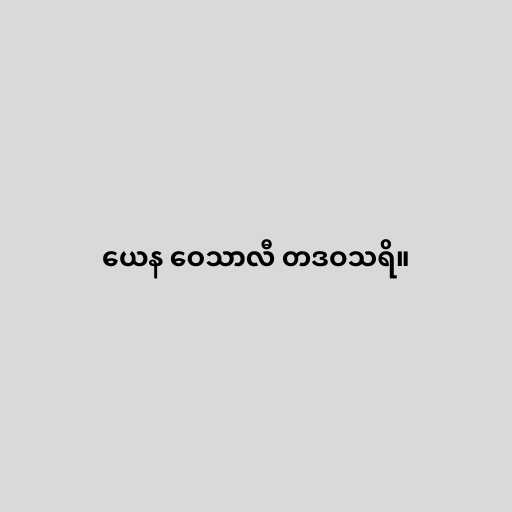
ယေန ဝေသာလီ တဒဝသရိ။